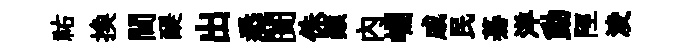
祐换閫醍出悉闠侏顛内崛戚民驀洋動陘淩